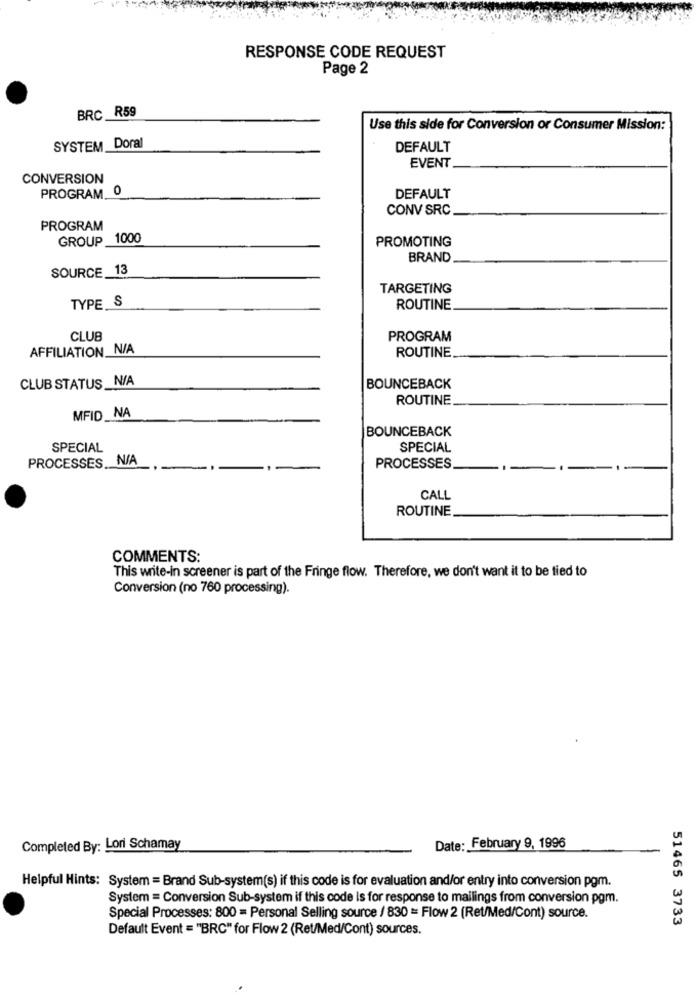
RESPONSE CODE REQUEST
Page 2
BRC R59
Use this side for Conversion or Consumer Mission:
SYSTEM Doral
DEFAULT
EVENT
CONVERSION
PROGRAM_0
DEFAULT
CONV SRC
PROGRAM
GROUP _1000
PROMOTING
BRAND
SOURCE 13
TARGETING
TYPE S
ROUTINE
CLUB
PROGRAM
AFFILIATION N/A
ROUTINE
CLUB STATUS _N/A
BOUNCEBACK
ROUTINE
MFID_NA
BOUNCEBACK
SPECIAL
SPECIAL
PROCESSES N/A
PROCESSES
CALL
ROUTINE
COMMENTS:
This write-in screener is part of the Fringe flow. Therefore, we don't want it to be tied to
Conversion (no 760 processing).
Completed By: Lori Schamay
Date: February 9, 1996
Helpful Hints: System = Brand Sub-system(s) if this code is for evaluation and/or entry into conversion pgm.
System = Conversion Sub-system if this code is for response to mailings from conversion pgm.
Special Processes: 800 = Personal Selling source / 830 = Flow 2 (Ret/Med/Cont) source.
51465 3733
Default Event = "BRC" for Flow 2 (Ret/Med/Cont) sources.